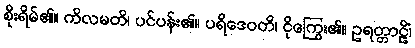
စိုးရိမ်၏။ ကိလမတိ၊ ပင်ပန်း၏။ ပရိဒေဝတိ၊ ငိုကြွေး၏။ ဥရတ္တာဠိံ၊